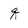
Character: q